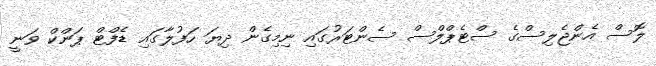
ލޮސް އެންޖެލިސްގެ ސްޓެޕްލްސް ސެންޓަރުގައި ނިމިގެން ދިޔަ ހަފުލާގައި ޑެފްޓް ޕަންކް ވަނީ